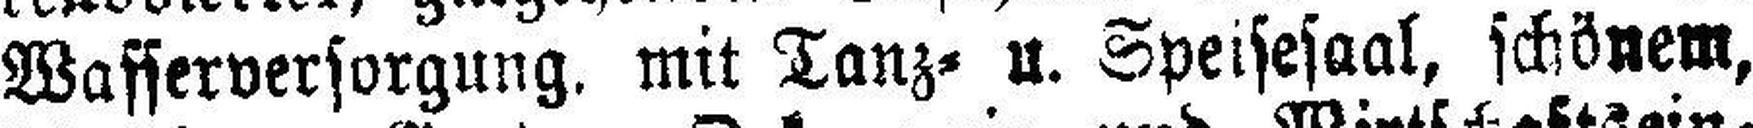
Wasserversorgung, mit Tanz= u. Speisesaal, schönem,